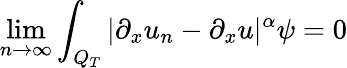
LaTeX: \operatorname*{lim}_{n\rightarrow\infty}\int_{Q_{T}}|\partial_{x}u_{n}-\partial_{x}u|^{\alpha}\psi=0